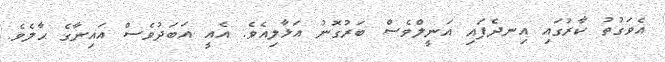
އެވަގުތު ކާރުގައި އިނދެފައި އަނީލްވެސް ބަރުގޮނު އަޅާލިއެވެ. އެއީ އަބަދުވެސް އައިނާގެ ޙާލެވެ.